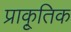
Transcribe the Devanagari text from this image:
प्राकृ्तिक